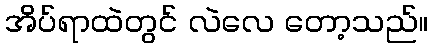
အိပ်ရာထဲတွင် လဲလေ တော့သည်။